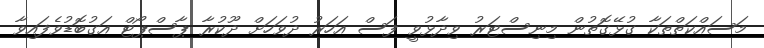
މަސައްކަތްތަކާ ގުޅޭގޮތުން މިނިސްޓަރު ވިދާޅުވީ ފަސް އަހަރު ދުވަހަށް ދޫކުރާ ޕާސްޕޯޓް އަގުބޮޑުވެފައިވާ